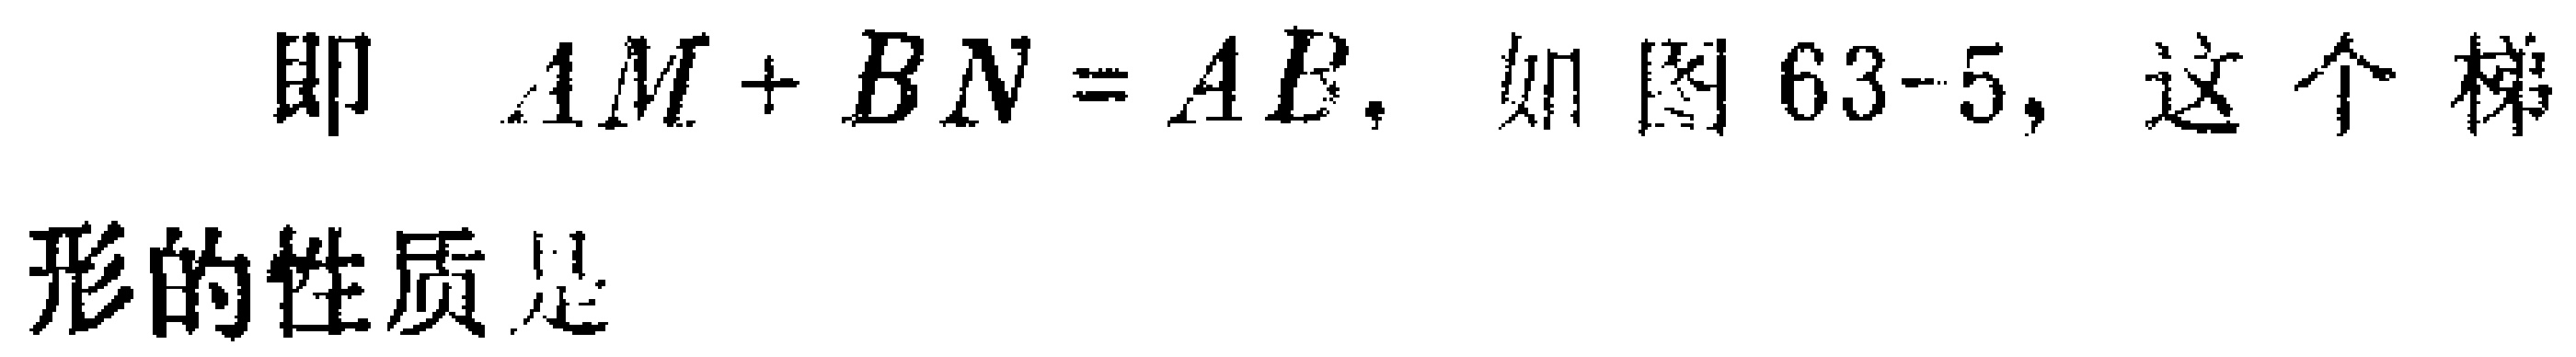
即 \(AM + BN = AB\). 如图63-5, 这个梯
形的性质是